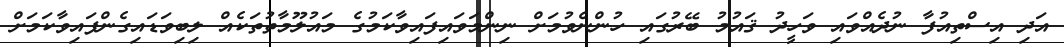
އަދި އިސްތިއުފާ ނުދެއްވައި ވަހީދު ޤައުމު ބޭރުގައި ހުންނެވުމަށް ނިންމަވައިފައިވާކަމުގެ މައުލޫމާތުތަކެއް ލިބިވަޑައިގެންފައިވާކަމަށް